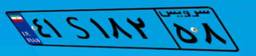
۶۶S۳۳۶۷۸